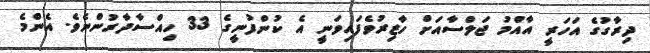
ދިރާގުގެ އަހަރީ އާއްމު ޖަލްސާއަށް ހާޒިރުވެފައިވަނީ އެ ކުންފުނީގެ 33 ހިއްސާދާރުންނެވެ. އެންމެ